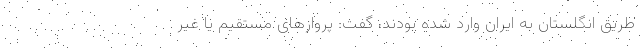
طریق انگلستان به ایران وارد شده بودند، گفت: پروازهای مستقیم یا غیر